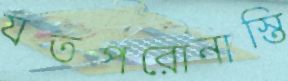
যতপরোনাস্তি